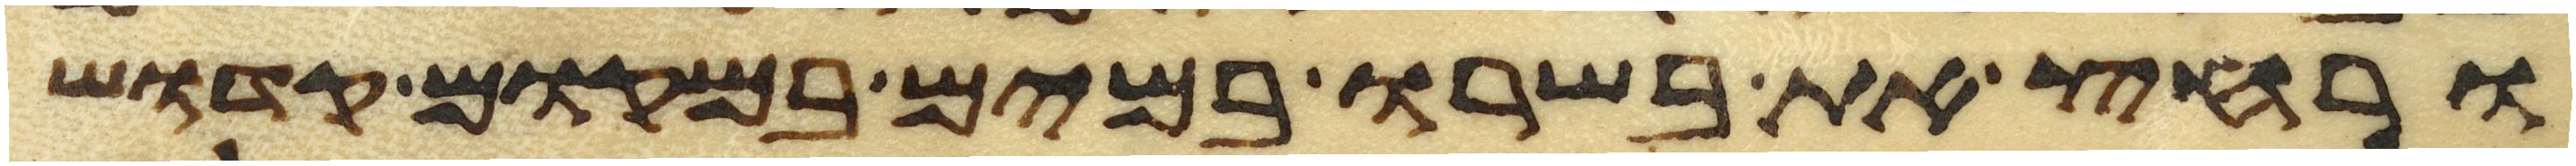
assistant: ורחץ את בשרו במים במקום קדוש